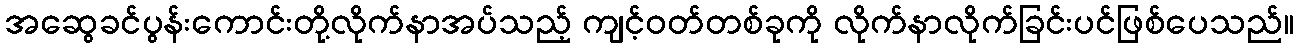
အဆွေခင်ပွန်းကောင်းတို့လိုက်နာအပ်သည့် ကျင့်ဝတ်တစ်ခုကို လိုက်နာလိုက်ခြင်းပင်ဖြစ်ပေသည်။